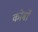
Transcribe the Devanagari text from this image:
कोर्बो